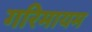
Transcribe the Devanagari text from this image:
गरिमायम